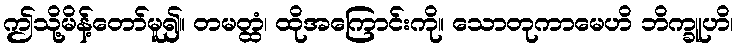
ဤသို့မိန့်တော်မူ၍။ တမတ္ထံ၊ ထိုအကြောင်းကို။ သောတုကာမေဟိ ဘိက္ခူဟိ၊